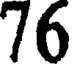
76